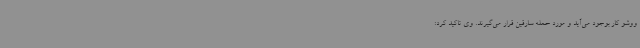
ووشو کار بوجود می‌آید و مورد حمله سارقین قرار می‌گیرند. وی تاکید کرد: